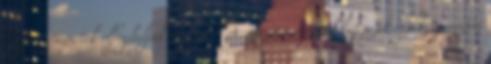
szovjet csapatok elfoglalják Ungvárt. A szovjet csapatok befejezik észak-norvégiai